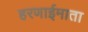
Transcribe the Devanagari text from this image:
हरणाईमाता